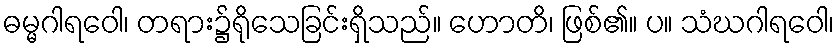
ဓမ္မဂါရဝေါ၊ တရား၌ရိုသေခြင်းရှိသည်။ ဟောတိ၊ ဖြစ်၏။ ပ။ သံဃဂါရဝေါ၊